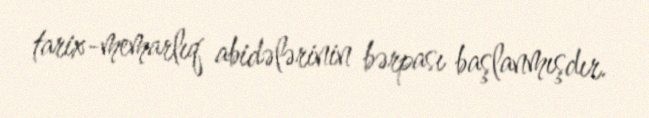
tarix-memarlıq abidələrinin bərpası başlanmışdır.